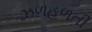
ઝળહળતી